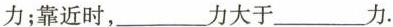
力；靠近时，___力大于___力.